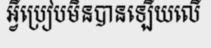
អ្វីប្រៀបមិនបានឡើយលើ